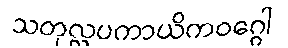
သတုလ္လပကာယိကဝဂ္ဂေါ